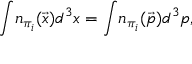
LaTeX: \int \! n _ { \pi _ { i } } ( \vec { x } ) d ^ { 3 } x = \int \! n _ { \pi _ { i } } ( \vec { p } ) d ^ { 3 } p ,